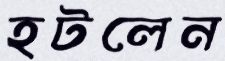
হটলেন